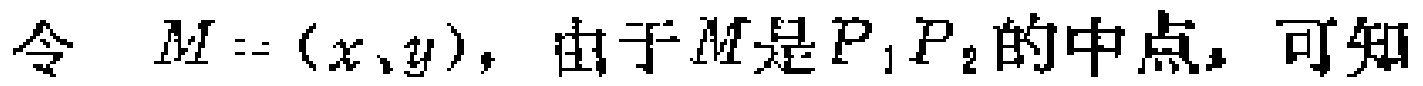
令 \(M=(x,y)\)，由于 \(M\)是 \(P_1P_2\)的中点，可知